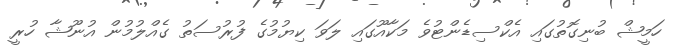
ހަމީޝް ބުނިގޮތުގައި އެކްސިޑެންޓުވެ މަކާއޫގައި ލަވަ ކިޔުމުގެ ފުރުސަތު ގެއްލުމުން އުނޫޝާ ހުރީ